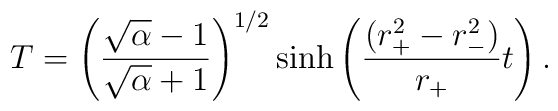
T = \left( \sqrt{\alpha} - 1 \over \sqrt{\alpha} + 1 \right)^{1/2}\sinh  \left( {(r_+^2 - r_-^2) \over r_+} t \right).